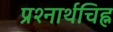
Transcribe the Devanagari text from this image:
प्रश्नार्थचिह्न